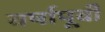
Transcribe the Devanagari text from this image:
वर्षापूवी